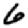
Digit: 6